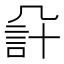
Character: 𧦔